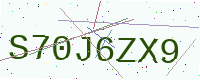
Text: S70J6ZX9